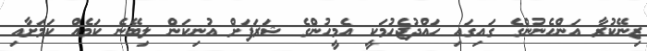
ޒިނޭކުރާ އަންހެނުންގެ ގައިގައި ހައްދުޖެހުމަކީ އެމީހުންގެ ޝަރަފަށް އުނިކަން ލިބޭނެ ކަމެއް ކަމަށާއި